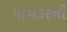
પાવડરની